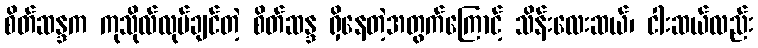
စိတ်ဆန္ဒက ကုသိုလ်လုပ်ချင်တဲ့ စိတ်ဆန္ဒ ရှိနေတဲ့အတွက်ကြောင့် သိန်းလေးဆယ်၊ ငါးဆယ်လည်း